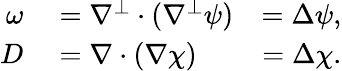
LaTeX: \begin{array}{rlr}{\omega}&{{}=\nabla^{\perp}\cdot(\nabla^{\perp}\psi)}&{=\Delta\psi,}\\ {D}&{{}=\nabla\cdot(\nabla\chi)}&{=\Delta\chi.}\end{array}